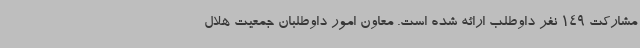
مشارکت 149 نفر داوطلب ارائه شده است. معاون امور داوطلبان جمعیت هلال